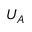
U _ { A }